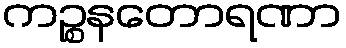
ကဉ္စနတောရဏာ